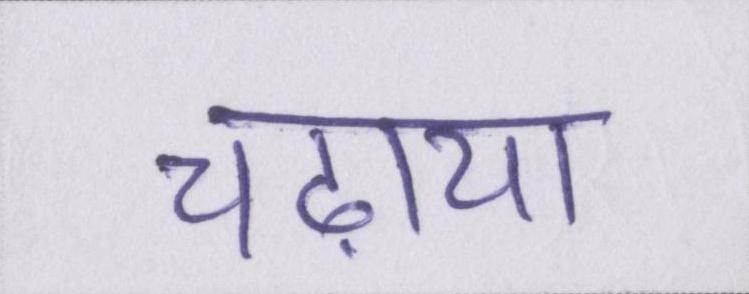
चढ़ाया